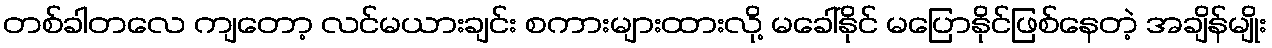
တစ်ခါတလေ ကျတော့ လင်မယားချင်း စကားများထားလို့ မခေါ်နိုင် မပြောနိုင်ဖြစ်နေတဲ့ အချိန်မျိုး